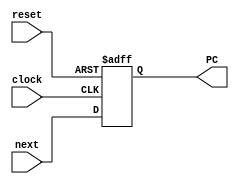
// Connor Noddin
// ECE 473
// Program Counter
// 10/07/2023

module PC(
	input wire clock,
	input wire reset,
	input wire [31:0] next, //PC takes 32 bit input from add four
	output reg [31:0] PC); //Output is PC
	
	// Positive clock PC saves new input
	always @(posedge clock or posedge reset) begin
		if(reset == 1'b1) begin
			PC <= 32'd0; //Reset back to 0
		end else begin
			PC <= next;
		end
	end	
endmodule